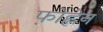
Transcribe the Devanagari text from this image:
फोह्लेन